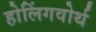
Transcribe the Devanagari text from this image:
होलिंगवोर्थ